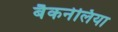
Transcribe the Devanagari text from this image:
बैकनेलिया